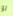
لو